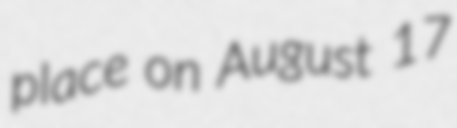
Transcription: place on August 17